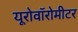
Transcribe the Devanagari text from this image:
यूरोवॉरोमीटर